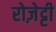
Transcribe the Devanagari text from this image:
रोज़ेट्टी